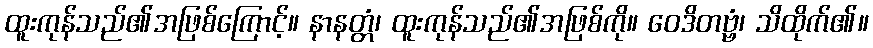
ထူးကုန်သည်၏အဖြစ်ကြောင့်။ နာနတ္တံ၊ ထူးကုန်သည်၏အဖြစ်ကို။ ဝေဒိတဗ္ဗံ၊ သိထိုက်၏။